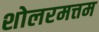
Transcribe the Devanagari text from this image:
शोलरमत्तम